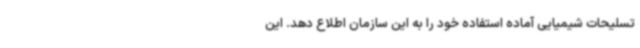
تسلیحات شیمیایی آماده استفاده خود را به این سازمان اطلاع دهد. این